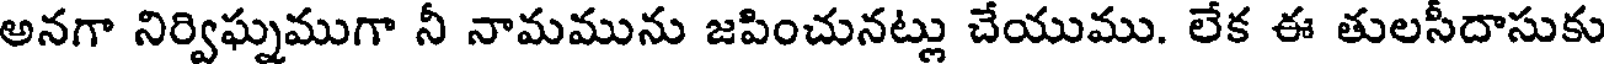
అనగా నిర్విఘ్నముగా నీ నామమును జపించునట్లు చేయుము. లేక ఈ తులసీదాసుకు